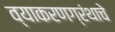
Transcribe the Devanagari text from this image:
व्याकरणग्रंथाचे